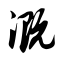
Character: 溉